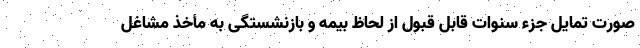
صورت تمایل جزء سنوات قابل قبول از لحاظ بیمه و بازنشستگی به مأخذ مشاغل